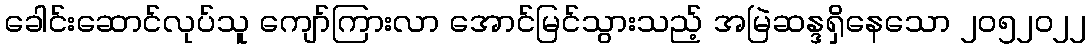
ခေါင်းဆောင်လုပ်သူ ကျော်ကြားလာ အောင်မြင်သွားသည့် အမြဲဆန္ဒရှိနေသော ၂၀၅၂၀၂၂